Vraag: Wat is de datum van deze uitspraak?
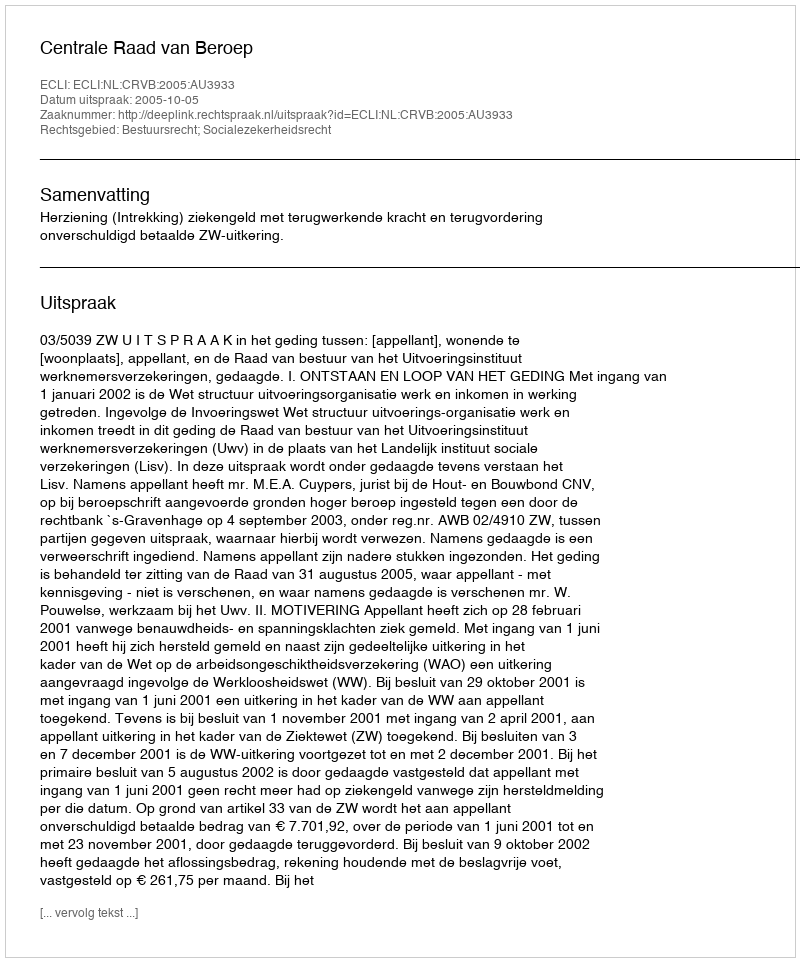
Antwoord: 2005-10-05